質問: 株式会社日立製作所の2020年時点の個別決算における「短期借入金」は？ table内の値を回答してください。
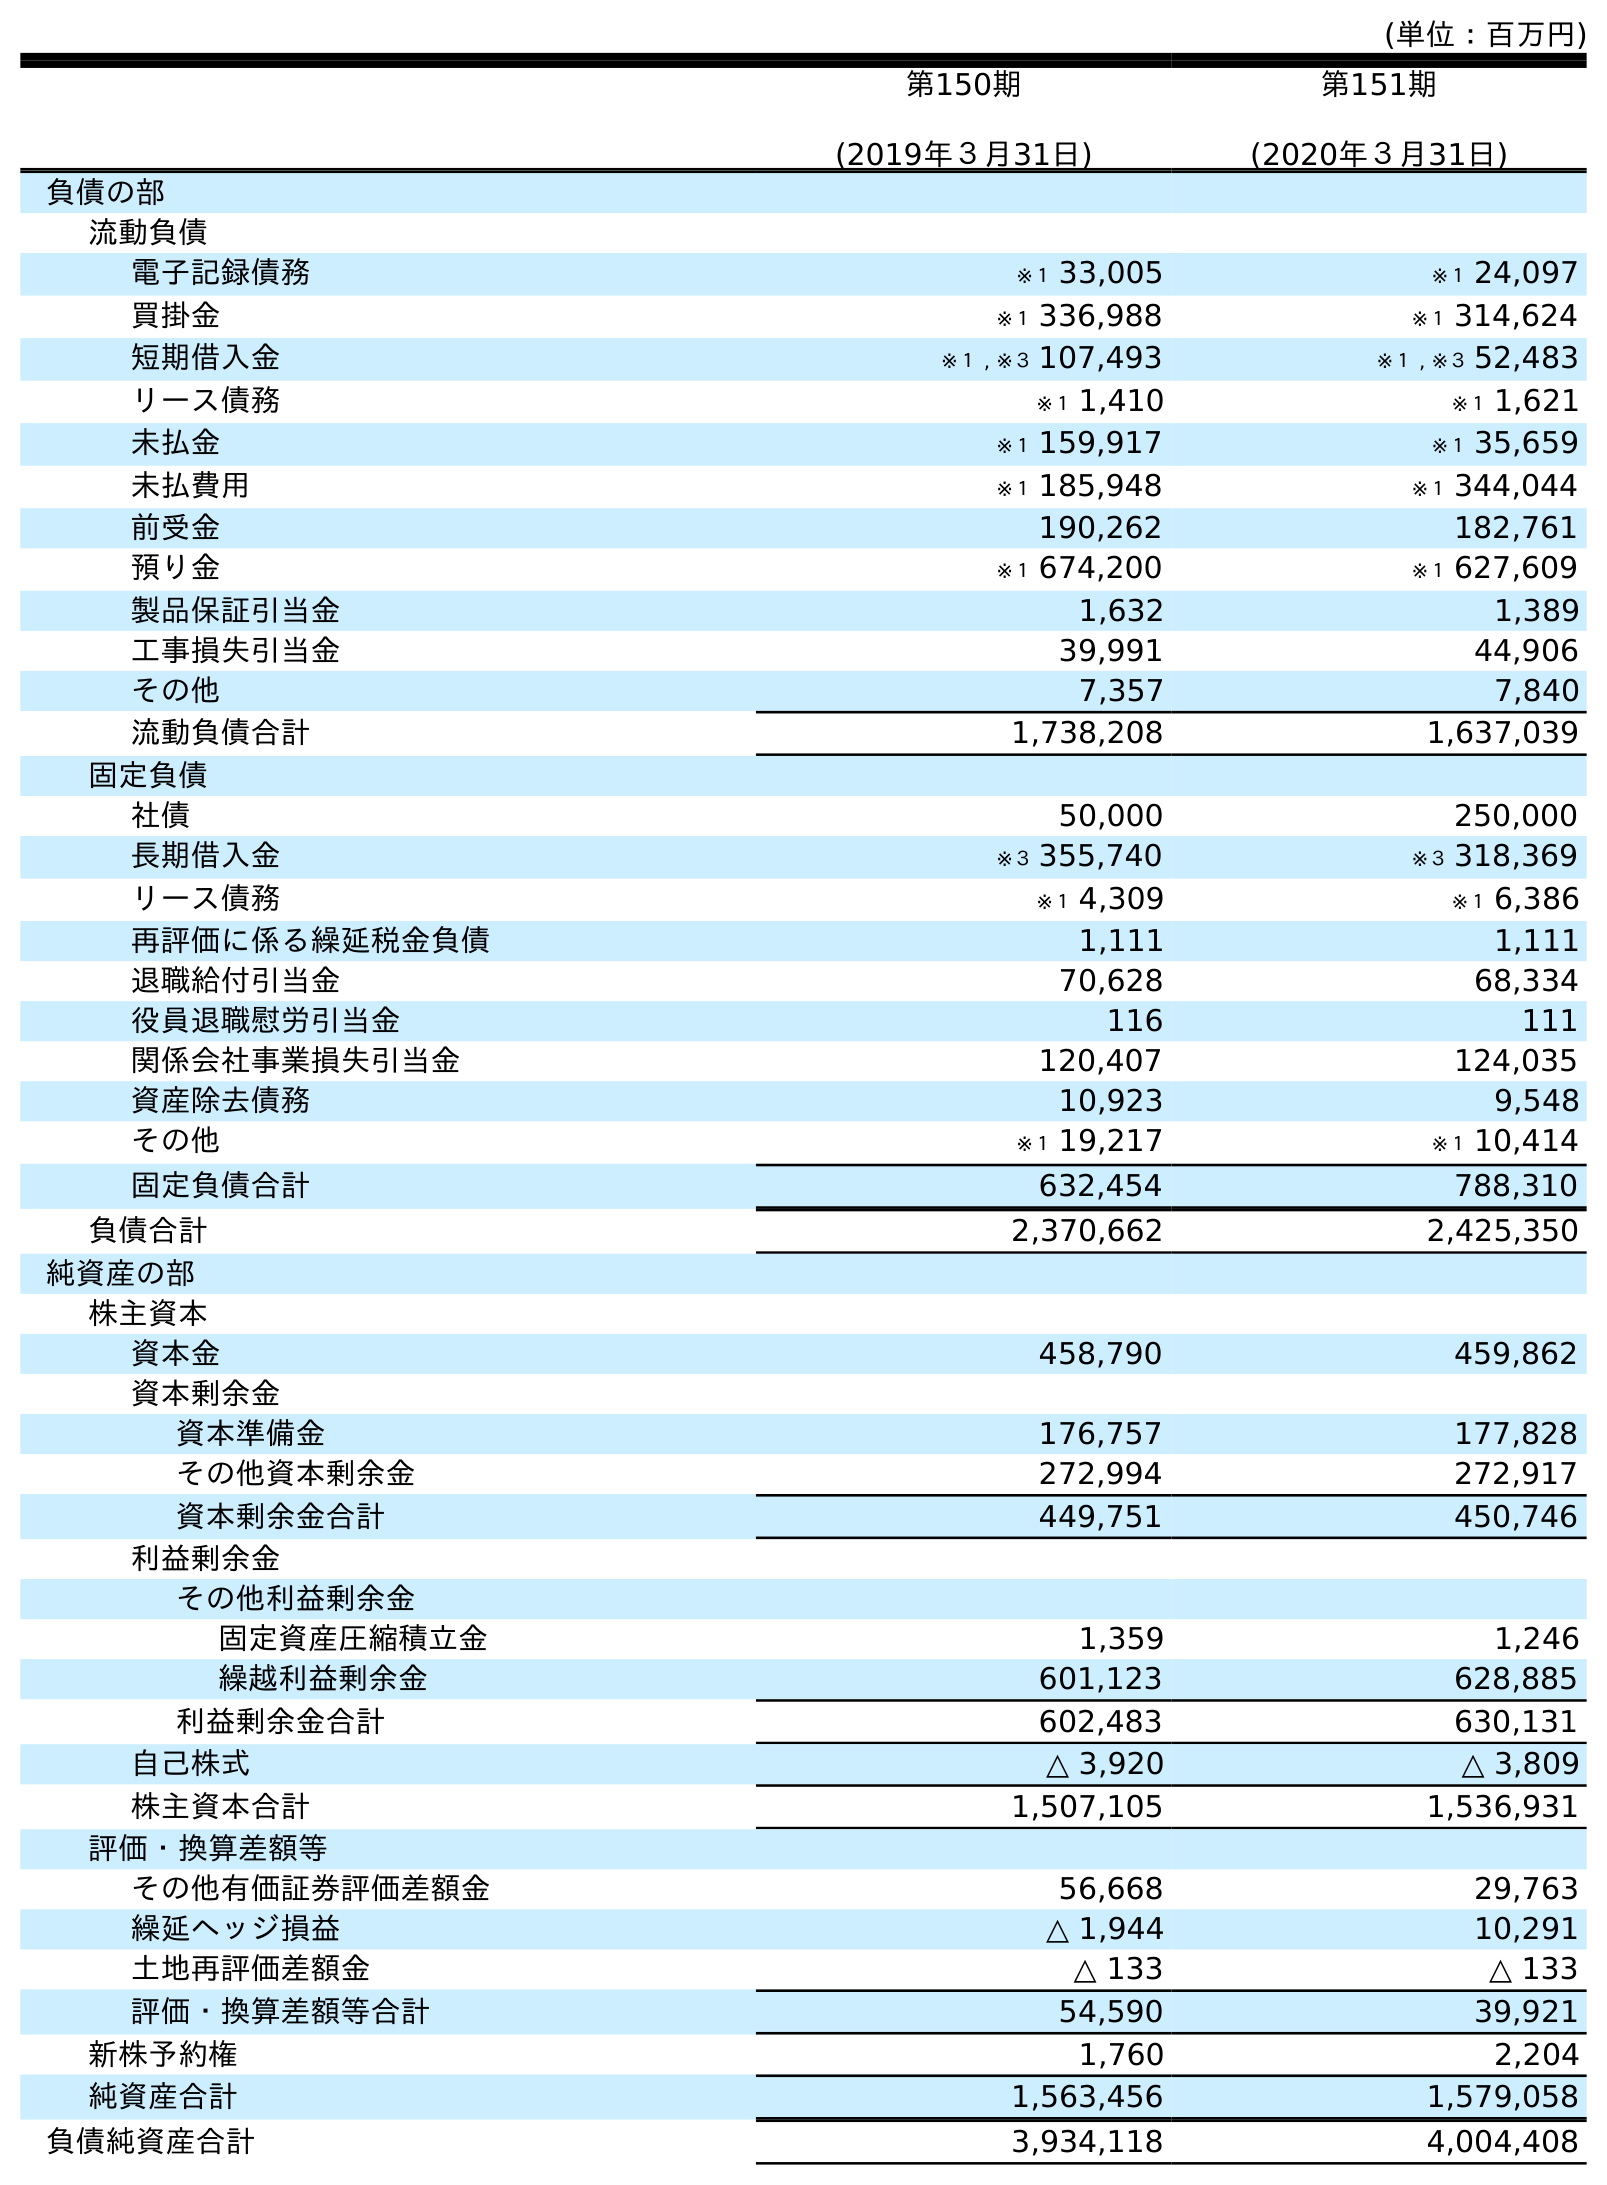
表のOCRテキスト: (単位：百万円) 第150期 (2019年３月31日) 第151期 (2020年３月31日) 負債の部 流動負債 電子記録債務 ※１ 33,005 ※１ 24,097 買掛金 ※１ 336,988 ※１ 314,624 短期借入金 ※１ , ※３ 107,493 ※１ , ※３ 52,483 リース債務 ※１ 1,410 ※１ 1,621 未払金 ※１ 159,917 ※１ 35,659 未払費用 ※１ 185,948 ※１ 344,044 前受金 190,262 182,761 預り金 ※１ 674,200 ※１ 627,609 製品保証引当金 1,632 1,389 工事損失引当金 39,991 44,906 その他 7,357 7,840 流動負債合計 1,738,208 1,637,039 固定負債 社債 50,000 250,000 長期借入金 ※３ 355,740 ※３ 318,369 リース債務 ※１ 4,309 ※１ 6,386 再評価に係る繰延税金負債 1,111 1,111 退職給付引当金 70,628 68,334 役員退職慰労引当金 116 111 関係会社事業損失引当金 120,407 124,035 資産除去債務 10,923 9,548 その他 ※１ 19,217 ※１ 10,414 固定負債合計 632,454 788,310 負債合計 2,370,662 2,425,350 純資産の部 株主資本 資本金 458,790 459,862 資本剰余金 資本準備金 176,757 177,828 その他資本剰余金 272,994 272,917 資本剰余金合計 449,751 450,746 利益剰余金 その他利益剰余金 固定資産圧縮積立金 1,359 1,246 繰越利益剰余金 601,123 628,885 利益剰余金合計 602,483 630,131 自己株式 △ 3,920 △ 3,809 株主資本合計 1,507,105 1,536,931 評価・換算差額等 その他有価証券評価差額金 56,668 29,763 繰延ヘッジ損益 △ 1,944 10,291 土地再評価差額金 △ 133 △ 133 評価・換算差額等合計 54,590 39,921 新株予約権 1,760 2,204 純資産合計 1,563,456 1,579,058 負債純資産合計 3,934,118 4,004,408
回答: ※１,※３52,483